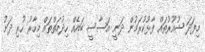
މިފަދަ ޝުއޫރުތައް ފާޅުކުރަމުން ދަނީ އަސާސީ ބައެއް ހިދުމަތްތައް މިހާރު ހުރި ދަށު